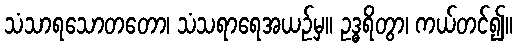
သံသာရသောတတော၊ သံသရာရေအယဉ်မှ။ ဥဒ္ဓရိတွာ၊ ကယ်တင်၍။